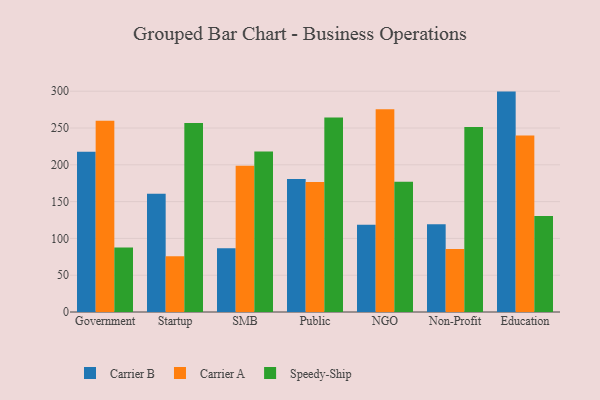
{"axis": {"x": "Segment", "y": "Net Income (USD K)"}, "legend": ["Carrier A", "Carrier B", "Speedy-Ship"], "data": [{"x": "Government", "y": 217.6, "type": "Carrier B"}, {"x": "Government", "y": 260.0, "type": "Carrier A"}, {"x": "Government", "y": 87.5, "type": "Speedy-Ship"}, {"x": "Startup", "y": 160.6, "type": "Carrier B"}, {"x": "Startup", "y": 75.9, "type": "Carrier A"}, {"x": "Startup", "y": 256.7, "type": "Speedy-Ship"}, {"x": "SMB", "y": 86.5, "type": "Carrier B"}, {"x": "SMB", "y": 198.6, "type": "Carrier A"}, {"x": "SMB", "y": 218.2, "type": "Speedy-Ship"}, {"x": "Public", "y": 180.6, "type": "Carrier B"}, {"x": "Public", "y": 176.7, "type": "Carrier A"}, {"x": "Public", "y": 264.3, "type": "Speedy-Ship"}, {"x": "NGO", "y": 118.6, "type": "Carrier B"}, {"x": "NGO", "y": 275.5, "type": "Carrier A"}, {"x": "NGO", "y": 177.0, "type": "Speedy-Ship"}, {"x": "Non-Profit", "y": 119.3, "type": "Carrier B"}, {"x": "Non-Profit", "y": 85.5, "type": "Carrier A"}, {"x": "Non-Profit", "y": 251.4, "type": "Speedy-Ship"}, {"x": "Education", "y": 299.5, "type": "Carrier B"}, {"x": "Education", "y": 239.9, "type": "Carrier A"}, {"x": "Education", "y": 130.6, "type": "Speedy-Ship"}]}